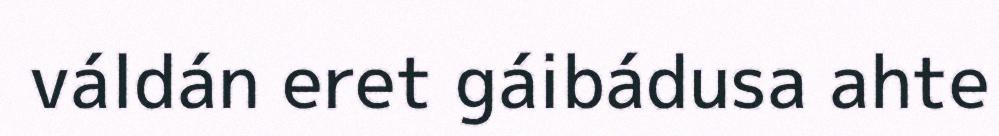
váldán eret gáibádusa ahte